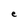
Character: e